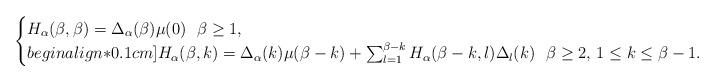
LaTeX: \begin{align*}\begin{cases} H_\alpha(\beta,\beta) = \Delta_\alpha(\beta) \mu(0) \ \ \beta\ge 1, \\begin{align*}0.1cm]H_\alpha(\beta,k) = \Delta_\alpha( k) \mu(\beta-k)+\sum_{l=1}^{\beta-k} H_\alpha(\beta-k,l) \Delta_l(k) \ \ \beta\ge 2,\,1\le k\le \beta-1. \end{cases}\end{align*}